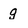
Character: g